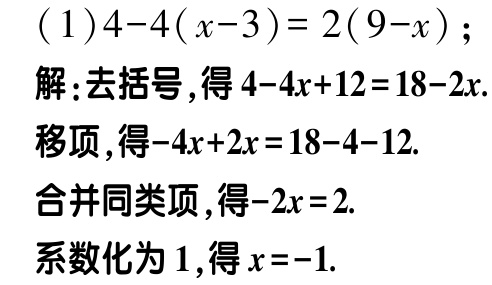
(1)\(4 - 4(x - 3)=2(9 - x)\);

解:去括号,得\(4 - 4x + 12 = 18 - 2x\).

移项,得\(-4x + 2x = 18 - 4 - 12\).

合并同类项,得\(-2x = 2\).

系数化为\(1\),得\(x = -1\).